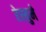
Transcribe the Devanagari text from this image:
रेस्युमे